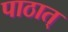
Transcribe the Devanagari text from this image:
पाठात्‌